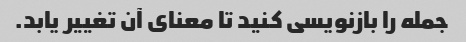
جمله را بازنویسی کنید تا معنای آن تغییر یابد.